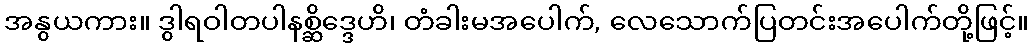
အနွယကား။ ဒွါရဝါတပါနစ္ဆိဒ္ဒေဟိ၊ တံခါးမအပေါက်, လေသောက်ပြတင်းအပေါက်တို့ဖြင့်။